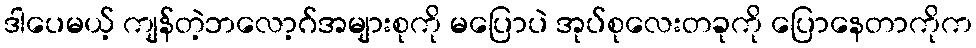
ဒါပေမယ့် ကျန်တဲ့ဘလော့ဂ်အများစုကို မပြောပဲ အုပ်စုလေးတခုကို ပြောနေတာကိုက